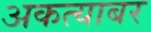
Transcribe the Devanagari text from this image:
अकत्याबर